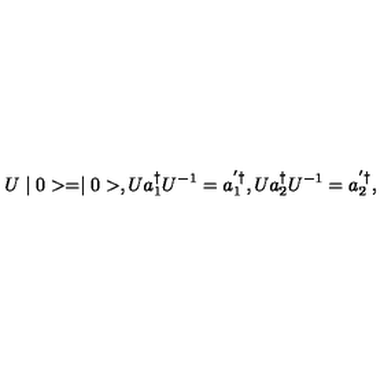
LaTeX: U \mid 0 > = \mid 0 > , U a _ { 1 } ^ { \dag } U ^ { - 1 } = a _ { 1 } ^ { ' \dag } , U a _ { 2 } ^ { \dag } U ^ { - 1 } = a _ { 2 } ^ { ' \dag } ,